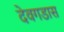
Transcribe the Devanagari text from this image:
देवगडास